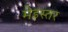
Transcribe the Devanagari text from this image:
मेइस्तर